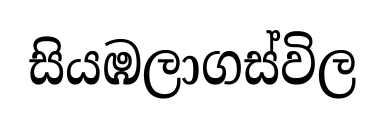
සියඹලාගස්විල